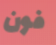
فون